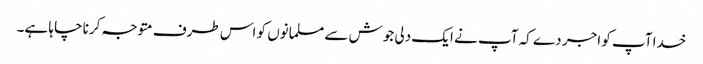
خدا آپ کو اجر دے کہ آپ نے ایک دلی جوش سے مسلمانوں کو اس طرف متوجہ کرنا چاہا ہے۔